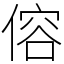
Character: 傛